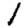
Digit: 1